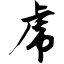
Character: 虎